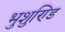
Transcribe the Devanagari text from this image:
भुशुण्डि